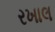
રખાલ